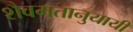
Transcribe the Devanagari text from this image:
शैवमतानुयायी